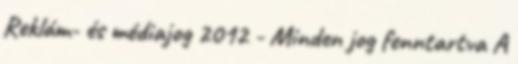
Reklám- és médiajog 2012 - Minden jog fenntartva A